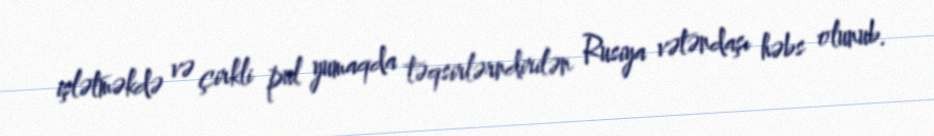
işlətməkdə və çirkli pul yumaqda təqsirlərndirilən Rusiya vətəndaşı həbs olunub.